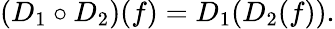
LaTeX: (D_{1}\circ D_{2})(f)=D_{1}(D_{2}(f)).